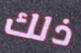
ذلك